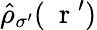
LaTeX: \hat{\rho}_{\sigma^{\prime}}(\mathrm{~\mathbf~r~}^{\prime})